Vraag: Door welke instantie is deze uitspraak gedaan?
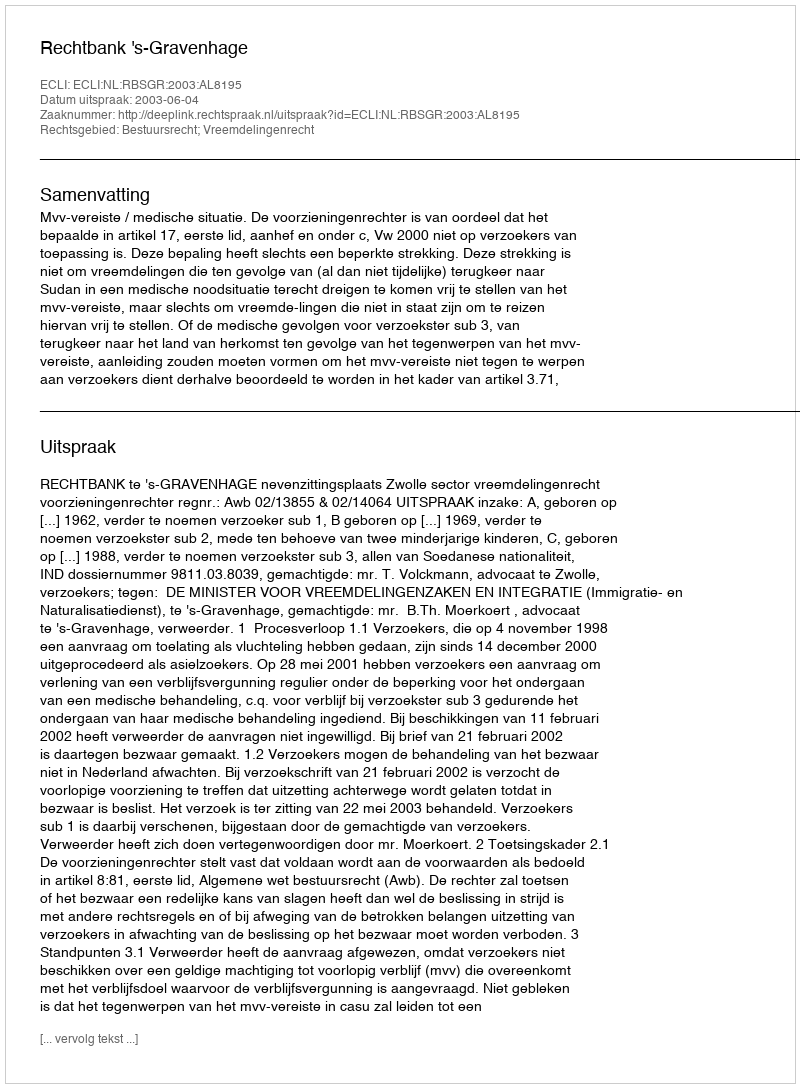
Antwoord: Rechtbank 's-Gravenhage